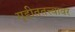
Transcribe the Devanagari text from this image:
गृहीततत्त्वावर